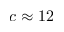
c \approx 1 2